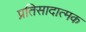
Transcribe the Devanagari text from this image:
प्रतिसादात्मक